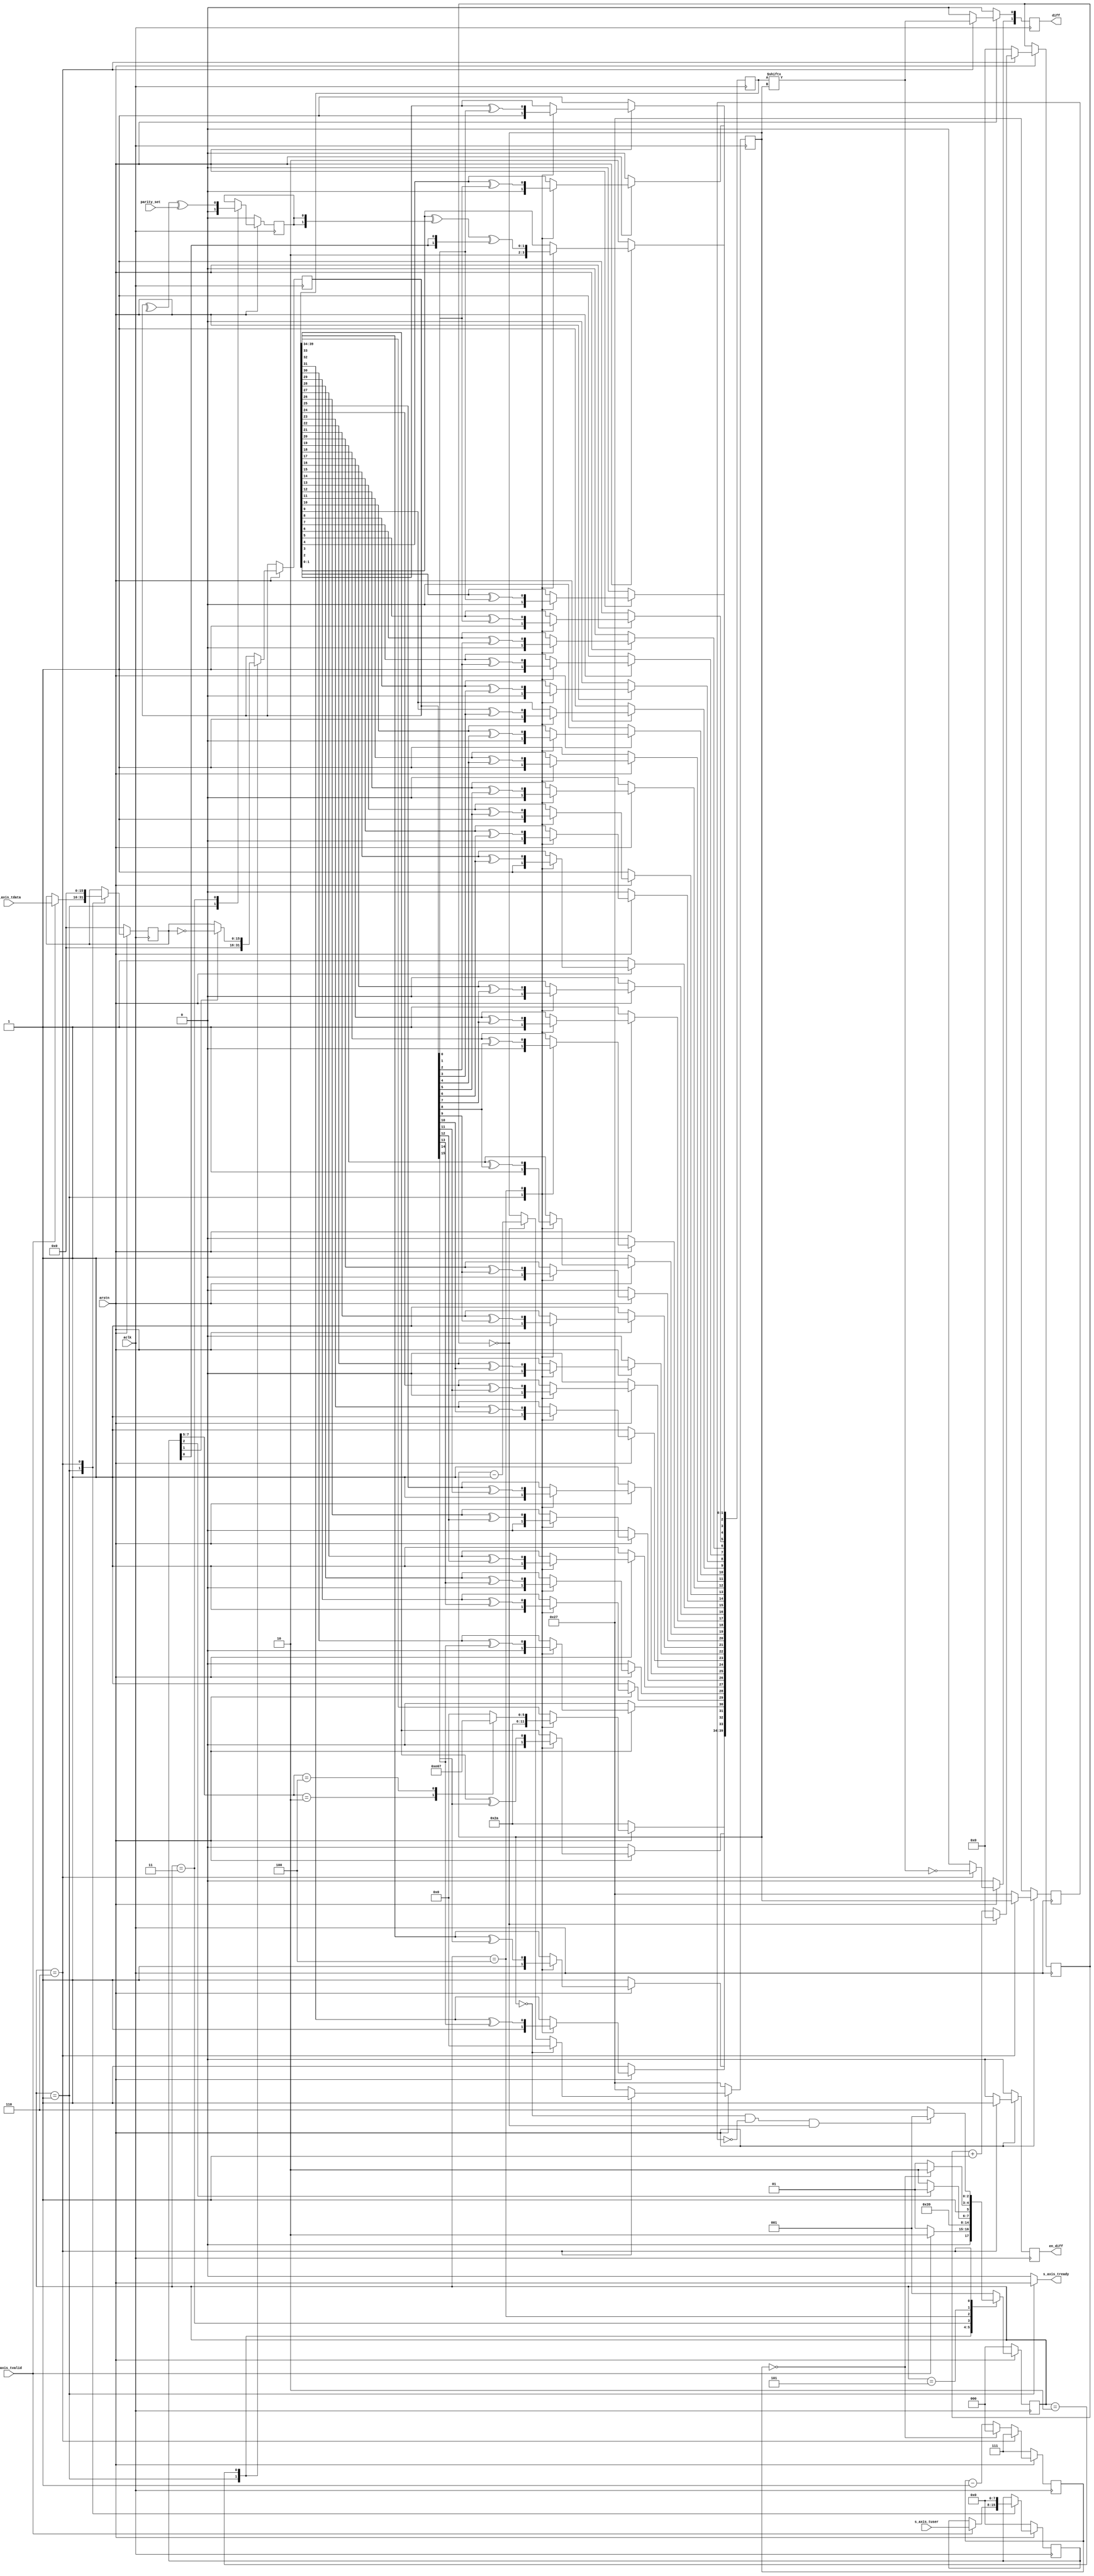

`timescale 1ns/100ps

module axis_1553_encoder #(
    parameter clock_speed = 2000000,
    parameter sample_rate = 2000000
) 
(
    input aclk,
    input arstn,
    input parity_set, //0:ou, 1:ji
    input   [15:0]  s_axis_tdata,
    input           s_axis_tvalid,
    input   [7:0]   s_axis_tuser,
    output          s_axis_tready,
    output  reg [1:0]   diff,
    output  reg         en_diff
);
  
    localparam integer base_1553_clock_rate = 1000000;
    localparam integer samples_per_mhz = sample_rate / base_1553_clock_rate;
    localparam integer cycles_per_mhz = clock_speed / base_1553_clock_rate;
    localparam integer samples_to_skip = ((cycles_per_mhz > samples_per_mhz) ? cycles_per_mhz / samples_per_mhz - 1 : 0); 
    localparam integer bit_rate_per_mhz = samples_per_mhz;
    localparam integer delay_time = cycles_per_mhz * 4;
    localparam integer sync_pulse_len = bit_rate_per_mhz * 3;
    localparam integer bits_per_trans = 20;
    localparam integer synth_bits_per_trans = (bits_per_trans*bit_rate_per_mhz);
    localparam [(bit_rate_per_mhz)-1:0]bit_pattern = {{bit_rate_per_mhz/2{1'b1}}, {bit_rate_per_mhz/2{1'b0}}};
    localparam [synth_bits_per_trans-1:0]synth_clk = {bits_per_trans{bit_pattern}};
    localparam data_cap     = 3'd1;
    localparam data_invert  = 3'd2;
    localparam parity_gen   = 3'd3;
    localparam process_data = 4;
    localparam pause_ck     = 3'd5;
    localparam trans        = 3'd6;
    localparam error        = 3'd0;
    localparam [sync_pulse_len-1:0]sync_cmd_stat = {{sync_pulse_len/2{1'b0}}, {sync_pulse_len/2{1'b1}}};
    localparam [sync_pulse_len-1:0]sync_data     = {{sync_pulse_len/2{1'b1}}, {sync_pulse_len/2{1'b0}}};
    localparam cmd_data = 3'b010;
    localparam cmd_cmnd = 3'b100;
    localparam enable_diff_output = 1'b1;
  
    integer xor_index;
    integer cycle_index;
    reg [synth_bits_per_trans-1:0]reg_data;
    reg parity_bit;
    reg [2:0]  state = error;
    reg [15:0] data;
    reg [15:0] r_data;
    reg [7:0]  cmd;
    reg [clogb2(samples_to_skip):0]         skip_counter;
    reg [clogb2(delay_time)-1:0]            pause_counter;
    reg [clogb2(synth_bits_per_trans)-1:0]  trans_counter;
    reg [clogb2(synth_bits_per_trans)-1:0]  prev_trans_counter;
  
    assign s_axis_tready = (state == data_cap ? arstn : 0);

    always @(posedge aclk) begin
      if(arstn == 1'b0) begin
        pause_counter <= delay_time-1;
      end else begin
        case (state)
          trans:
            pause_counter <= delay_time-1;
          default: begin
            pause_counter <= pause_counter - 1;
            
            if(pause_counter == 0) begin
              pause_counter <= 0;
            end
          end
        endcase
      end
    end
  
    always @(posedge aclk) begin
      if(arstn == 1'b0) begin
        data        <= 0;
        cmd         <= 0;
      end else begin
        case (state)
          data_cap: begin
            if(s_axis_tvalid == 1'b1) begin
              data <= s_axis_tdata;
              cmd  <= s_axis_tuser;
            end
          end
          trans: begin
            data <= 0;
            cmd  <= 0;
          end
          default:begin
            data <= data;
            cmd  <= cmd;
          end
        endcase
      end
    end
  
    always @(posedge aclk) begin
      if(arstn == 1'b0) begin
        state       <= error;
        parity_bit  <= 0;
        // xor_index   <= 0;
        // cycle_index <= 0;
        reg_data    <= synth_clk;
      end else begin
        case (state)
          data_cap: begin
            state <= data_cap;
            reg_data <= synth_clk;
            parity_bit <= 0;
            r_data     <= 0;
              
            if(s_axis_tvalid == 1'b1) begin
              state <= data_invert;
            end
          end
          data_invert: begin
            state <= parity_gen;
            
            r_data <= data;
            
            if(cmd[1] == 1'b1) begin
              r_data <= ~data;
            end
          end
          parity_gen: begin
            state <= process_data;
            
            parity_bit <= (^r_data) ^ parity_set;
              
          end
          process_data: begin
            state <= pause_ck;
            
            if(cmd[2] == 1'b0) begin
                state <= trans;
            end
              
            case (cmd[7:5])
              cmd_data:
                reg_data[synth_bits_per_trans-1:synth_bits_per_trans-sync_pulse_len] <= sync_data;
              cmd_cmnd:
                reg_data[synth_bits_per_trans-1:synth_bits_per_trans-sync_pulse_len] <= sync_cmd_stat;
              default:
                reg_data[synth_bits_per_trans-1:synth_bits_per_trans-sync_pulse_len] <= 0;
            endcase
              
            reg_data[bit_rate_per_mhz-1:0] <= reg_data[bit_rate_per_mhz-1:0] ^ {bit_rate_per_mhz{parity_bit}} ^ {bit_rate_per_mhz{cmd[0]}};
              
            for(xor_index = 0; xor_index < 16; xor_index = xor_index + 1) begin
              for(cycle_index = (bit_rate_per_mhz*xor_index)+(bit_rate_per_mhz); cycle_index < (bit_rate_per_mhz*xor_index)+(bit_rate_per_mhz*2); cycle_index = cycle_index + 1)
                reg_data[cycle_index] <= reg_data[cycle_index] ^ r_data[xor_index];
            end
          end
          pause_ck: begin
            state <= pause_ck;
            
            if(pause_counter == 0) begin
              state <= trans;
            end
          end
          trans: begin
            state <= trans;
            
            if((trans_counter == 0) && (prev_trans_counter == 0) && (skip_counter == samples_to_skip)) begin
              state <= data_cap;
            end
          end
          default:
            state <= data_cap;
        endcase
      end
    end
    
    always @(posedge aclk) begin
      if(arstn == 1'b0) begin
        diff                <= 0;
        en_diff             <= ~enable_diff_output;
        trans_counter       <= synth_bits_per_trans-1;
        prev_trans_counter  <= synth_bits_per_trans-1;
      end 
      else begin
        prev_trans_counter <= trans_counter;
        
        case (state)
          trans: begin
            skip_counter <= skip_counter + 1;
            
            en_diff <= enable_diff_output;
            
            diff[0] <= reg_data[trans_counter];
            diff[1] <= ~reg_data[trans_counter];
            
            if(skip_counter == samples_to_skip) begin
              
              trans_counter <= trans_counter - 1;
              
              skip_counter <= 0;
            end
            
                      if(trans_counter == 0) begin
              trans_counter <= 0;
            end
          end
          default: begin
                      diff                <= 0;
            skip_counter        <= 0;
            en_diff             <= ~enable_diff_output;
            trans_counter       <= synth_bits_per_trans-1;
            prev_trans_counter  <= synth_bits_per_trans-1;
          end
          endcase
      end
    end
  
    function integer clogb2;
      input [31:0] value;
      begin
          value = value - 1;
          for (clogb2 = 0; value > 0; clogb2 = clogb2 + 1) begin
              value = value >> 1;
          end
      end
    endfunction
endmodule